Report on sanitation, dispensaries, and jails in Rajputana for 1914, and on vaccination for the year 1914-1915 - 1914-1915
Year: 1914
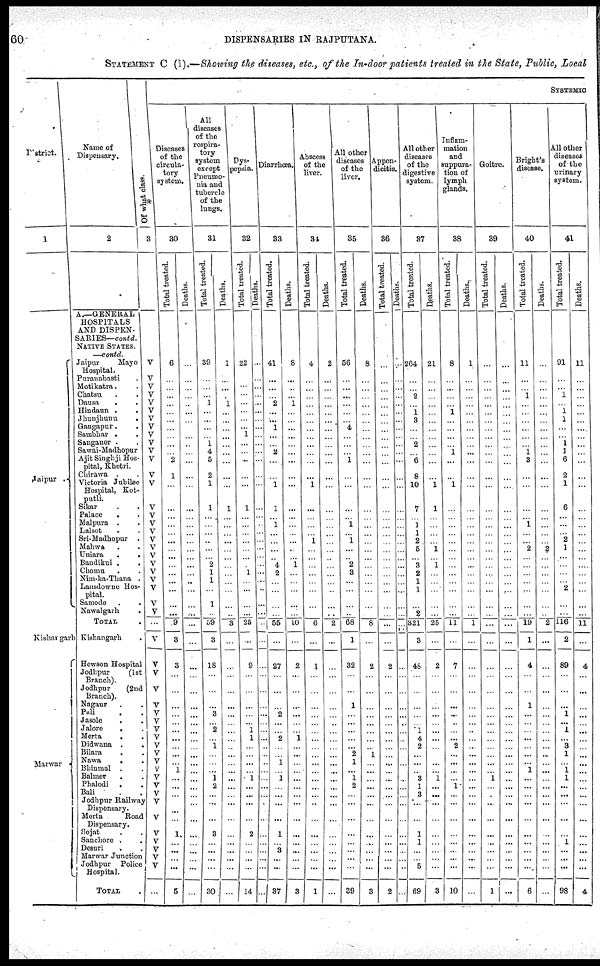
60
DISPENSARIES IN RAJPUTANA.
STATEMENT C (I).—Showing the diseases, etc., of the In-door patients treated in the State, Public, Local
District.
1
Jaipur .
Kishangarh
Marwar
Name of
Dispensary.
2
A.—GENERAL
HOSPITALS
AND DISPEN-
SARIES—contd.
NATIVE STATES.
—contd.
Jaipur
Mayo
Hospital.
Puranabasti .
Motikatra . .
Chatsu . .
Dausa
. .
Hindaun . .
Jhunjhunu .
Gangapur . .
Sambhar . .
Sanganer . .
Sawai-Madhopur
Ajit Singhji Hos-
pital, Khetri.
Chirawa .
Victoria Jubilee
Hospital, Kot-
putli.
Sikar
.
.
Palace . .
Malpura . .
Lalsot . .
Sri-Modhopur .
Mohwa . .
Uniara
.
.
Bandikui . .
Chomu . .
Nim-ka-Thana .
Lansdowne Hos-
pital.
Samode .
Nawalgarh .
TOTAL .
Kishangarh .
Howson Hospital
Jodhpur
(1st
Branch).
Jodhpur
(2nd
Branch).
Nagaur . .
Pali . .
Jasole . .
Jalore
. .
Merta . .
Didwana . .
Bilara
.
.
Nawa
. .
Bhinmal . .
Balmer
. .
Phalodi . .
Bali . .
Jodhpur Railway
Dispensary.
Merta
Road
Dispensary.
Sojat . .
Sanchore . .
Desuri . .
Marwar Junction
Jodhpur Police
Hospital.
TOTAL .
Of
what class.
3
V
V
V
V
V
V
V
V
V
V
V
V
V
V
V
V
V
V
V
V
V
V
V
V
V
V
V
...
V
V
V
V
V
V
V
V
V
V
V
V
V
V
V
V
V
V
V
V
V
V
V
...
SYSTEMIC
Diseases
of the
circula-
tory
system.
30
Total treated.
6
...
...
...
...
...
...
...
...
...
...
2
1
...
...
...
...
...
...
...
...
...
...
...
...
...
...
9
3
3
...
...
...
...
...
... ...
...
...
...
1
...
...
...
...
...
1
...
...
... ...
5
Deaths.
...
...
...
...
...
...
...
...
...
...
...
...
...
...
...
...
...
...
...
...
...
...
...
...
...
...
...
...
...
...
...
...
...
...
...
...
...
...
...
...
...
...
...
...
...
...
...
...
...
...
...
...
All
diseases
of the
respira-
tory
system
except
Pneumo-
nia and
tubercle
of the
lungs.
31
Total treated.
39
...
...
...
1
...
...
...
...
1
4
5
2
1
1
... ...
...
...
...
...
2
1
1
...
1
...
59
3
18
...
...
...
3
...
2
...
1
...
...
...
1
2
...
...
...
3
...
...
...
...
30
Deaths.
1
...
...
...
1
...
...
...
...
...
...
...
...
...
1
... ...
...
...
...
...
...
...
...
...
...
...
3
...
...
...
...
...
...
...
...
...
...
...
...
...
...
...
...
...
...
...
...
...
...
...
...
Dys-
pepsia.
32
Total treated.
22
...
...
...
...
...
...
...
1
...
...
...
...
...
1
...
...
...
...
...
...
... 1
...
...
...
...
26
...
9
...
...
...
...
...
1
1
...
...
...
...
1
...
...
...
...
2
...
...
...
...
14
Deaths.
...
...
...
...
...
...
...
...
...
...
...
...
...
...
...
...
...
...
...
...
...
...
...
...
...
...
...
...
...
...
...
...
...
...
...
...
...
...
...
...
...
...
...
...
...
...
...
...
...
...
...
...
Diarrhœa.
33
Total treated.
41
...
...
...
2
...
...
1
...
...
2
...
...
1
1
...
1
...
...
...
...
4
2
...
...
...
...
55
...
27
...
...
...
2
...
... 2
...
...
1
...
1
...
...
...
...
1
...
3
...
...
37
Deaths.
8
...
...
...
1
...
...
...
...
...
...
...
...
...
...
...
...
...
...
...
...
1
...
...
...
...
...
10
...
2
...
...
...
...
...
... 1
...
...
...
...
...
...
...
...
...
...
...
...
...
...
3
Abscess
of the
liver.
34
Total treated.
4
...
...
...
...
...
...
...
...
...
...
...
...
1
...
...
...
...
1
...
...
...
...
...
...
...
...
6
...
1
...
...
...
...
...
...
...
...
...
...
...
...
...
...
...
...
...
...
...
...
...
1
Deaths.
2
...
...
...
...
...
...
...
...
...
...
...
...
...
...
...
...
...
...
...
...
...
...
...
...
...
...
2
...
...
...
...
...
...
...
...
...
...
...
...
...
...
...
...
...
...
...
...
...
... ...
...
All other
diseases
of the
liver.
35
Total treated.
56
...
...
...
...
...
...
4
...
...
...
1
...
...
...
...
1
...
1
...
...
2
3
...
...
...
...
68
1
32
...
...
1
...
...
...
...
...
2
1
... 1
2
...
...
...
...
...
...
...
...
39
Deaths.
8
...
...
...
...
...
...
...
...
...
...
...
...
...
...
...
...
...
...
...
...
...
...
...
...
...
...
8
...
2
...
...
...
...
...
...
...
...
1
...
...
...
...
...
...
...
...
...
...
...
...
3
Appen-
dicitis.
36
Total treated.
...
...
...
...
...
...
...
...
...
...
...
...
...
...
...
...
...
...
...
...
...
...
...
...
...
...
...
...
...
2
...
...
...
...
...
...
...
...
...
...
...
...
...
...
...
...
...
...
...
...
...
2
Deaths.
...
...
...
...
...
...
...
...
...
...
...
...
...
...
...
...
...
...
...
...
...
...
...
...
...
...
...
...
...
...
...
...
...
...
...
...
...
...
...
...
...
...
...
...
...
...
...
...
...
...
...
...
All other
diseases
of the
digestive
system.
37
Total treated.
264
...
...
2
...
1
3
...
...
2
...
6
8
10
7
...
1
1
2
5
...
3
2
1
1
...
2
321
3
45
...
...
...
...
...
1
4
2
...
...
...
3
1
3
...
...
1
1
...
...
5
69
Deaths.
21
...
...
...
...
...
...
...
...
...
...
...
...
1
1
...
...
...
...
1
...
1
...
...
...
...
...
25
...
2
...
...
...
...
...
...
...
...
...
...
...
1
...
...
...
...
...
...
...
...
...
3
Inflam-
mation
and
suppura-
tion of
lymph
glands.
38
Total treated.
8
...
...
...
...
1
...
...
...
...
1
...
...
1
...
...
...
...
...
...
...
...
...
...
...
...
...
11
...
7
...
...
...
...
...
...
...
2
...
...
...
...
1
...
...
...
...
...
...
...
...
10
Deaths.
1
...
...
...
...
...
...
...
...
...
...
...
...
...
...
...
...
...
...
...
...
...
...
...
...
...
...
1
...
...
...
...
...
...
...
...
...
...
...
...
...
...
...
...
...
...
...
...
...
...
...
...
Goitre.
39
Total treated.
...
...
...
...
...
...
...
...
...
...
...
...
...
...
...
...
...
...
...
...
...
...
...
...
...
...
...
...
...
...
...
...
...
...
...
...
...
...
...
...
...
1
...
...
...
...
...
...
...
...
...
1
Deaths.
...
...
...
...
...
...
...
...
...
...
...
...
...
...
...
...
...
...
...
...
...
...
...
...
...
...
...
...
...
...
...
...
...
...
...
...
...
...
...
...
...
...
...
...
...
...
...
...
...
...
...
...
Bright's
disease.
40
Total treated.
11
...
...
1
...
...
...
...
...
...
1
3
...
...
...
...
1
...
...
2
...
...
...
...
...
...
...
19
1
4
...
...
1
...
...
...
...
...
...
...
1
...
...
...
...
...
...
...
...
...
...
6
Deaths.
...
...
...
...
...
...
...
...
...
...
...
...
...
...
...
...
...
...
...
2
...
...
...
...
...
...
...
2
...
...
...
...
...
...
...
...
...
...
...
...
...
...
...
...
...
...
...
...
...
...
...
...
All other
diseases
of the
urinary
system.
41
Total treated.
91
...
...
1
... 1
1
...
...
1
1
6
2
1
6
...
...
...
2
1
...
...
...
... 2
...
...
116
2
89
...
...
...
1
...
1
...
3
1
...
1
1
...
...
...
...
...
1
...
...
...
98
Deaths.
11
...
...
...
...
...
...
...
...
...
...
...
...
...
...
...
...
...
...
...
...
...
...
...
...
...
...
11
...
4
...
...
...
...
...
...
...
...
...
...
...
...
...
...
...
...
...
...
...
...
...
4